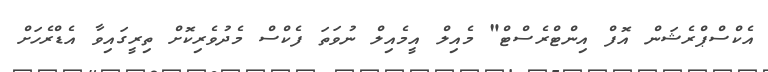
އެކްސްޕްރެޝަން އޮފް އިންޓްރެސްޓް" މެއިލް އީމެއިލް ނުވަތަ ފެކްސް މެދުވެރިކޮށް ތިރީގައިވާ އެޑްރެހަށް